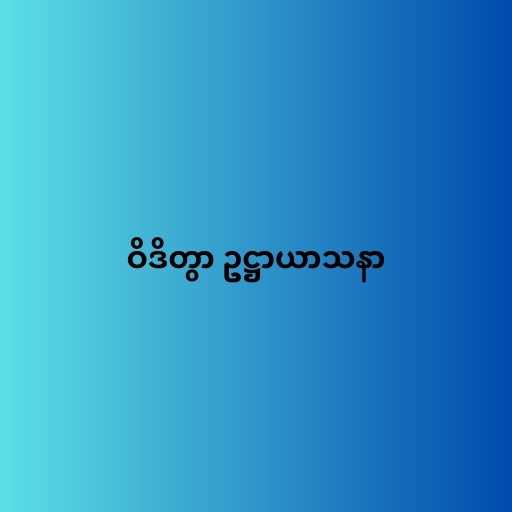
ဝိဒိတွာ ဥဋ္ဌာယာသနာ